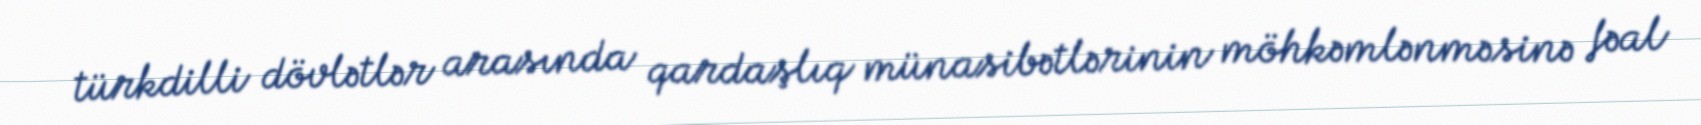
türkdilli dövlətlər arasında qardaşlıq münasibətlərinin möhkəmlənməsinə fəal